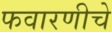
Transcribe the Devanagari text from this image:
फवारणीचे